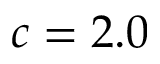
c = 2 . 0